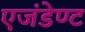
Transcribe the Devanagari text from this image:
एजंडेण्ट